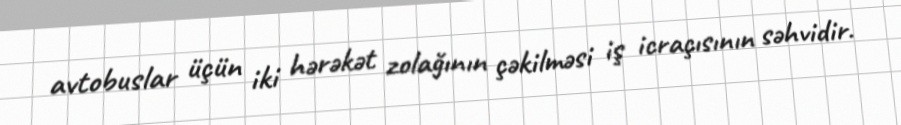
avtobuslar üçün iki hərəkət zolağının çəkilməsi iş icraçısının səhvidir.